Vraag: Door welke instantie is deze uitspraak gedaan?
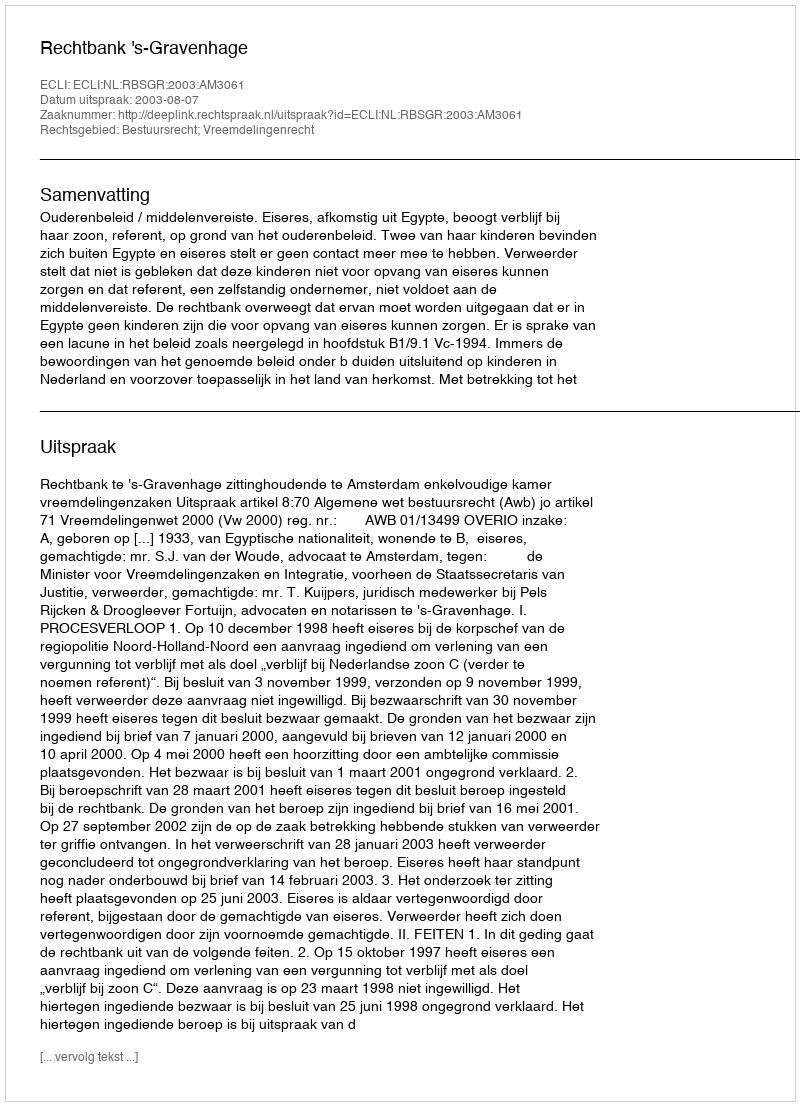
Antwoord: Rechtbank 's-Gravenhage